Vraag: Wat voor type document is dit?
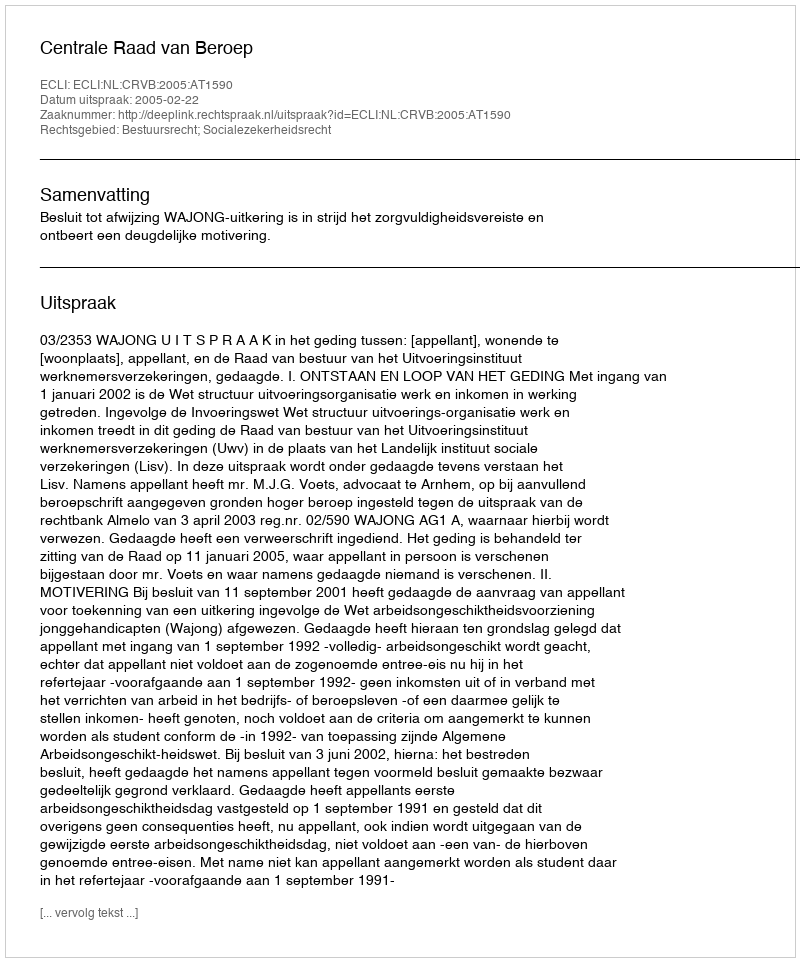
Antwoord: Uitspraak